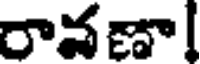
రావణా!